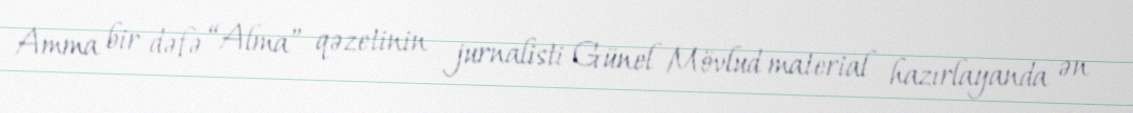
Amma bir dəfə “Alma” qəzetinin jurnalisti Günel Mövlud material hazırlayanda ən